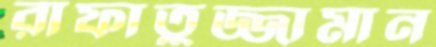
রাফাতুজ্জামান